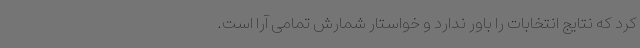
کرد که نتایج انتخابات را باور ندارد و خواستار شمارش تمامی آرا است.